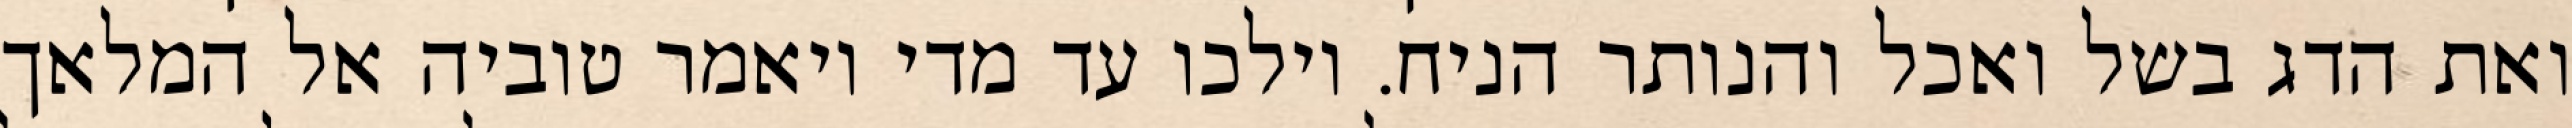
ואת הדג בשל ואכל והנותר הניח. וילכו עד מדי ויאמר טוביה אל המלאך